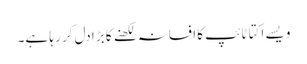
ویسے اکتا ٹائپ کا افسانہ لکھنے کا بڑا دل کر رہا ہے۔